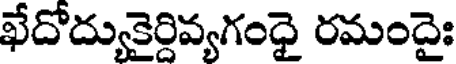
ఖేదోద్యుకైర్దివ్యగంధై రమందైః